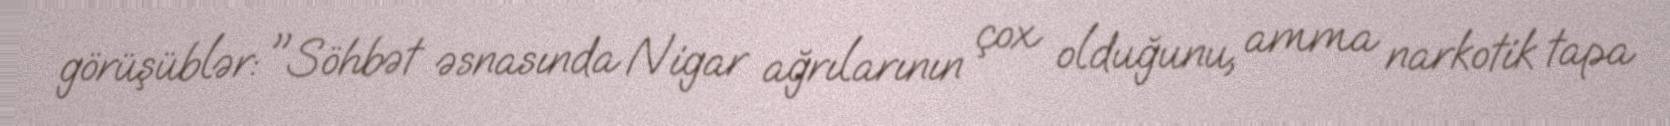
görüşüblər: "Söhbət əsnasında Nigar ağrılarının çox olduğunu, amma narkotik tapa